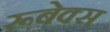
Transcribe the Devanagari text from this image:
रूबेक्स